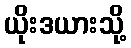
ယိုးဒယားသို့